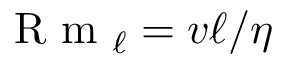
\mathrm { ~ R ~ m ~ } _ { \ell } = v \ell / \eta